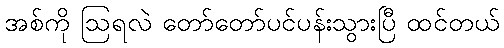
အစ်ကို ဩရလဲ တော်တော်ပင်ပန်းသွားပြီ ထင်တယ်